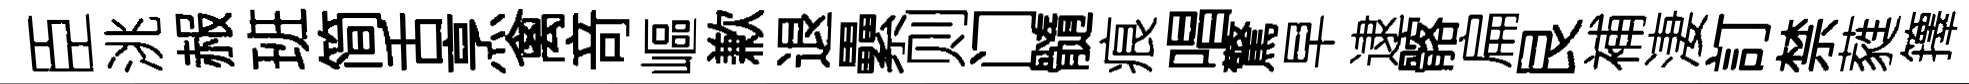
臣洮赧班简舌烹禽竒嶇歉退纍则门髓痕唱驚早逮髂扁艮補淒訂禁蕤籜